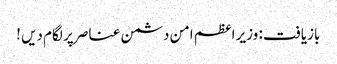
بازیافت : وزیر اعظم امن دشمن عناصر پر لگام دیں !